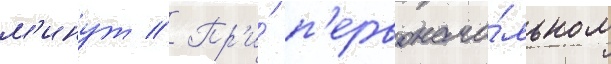
м'инут // Пр'и́ п'ервонача́льном